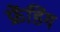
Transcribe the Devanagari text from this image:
फ्रेंडिंग